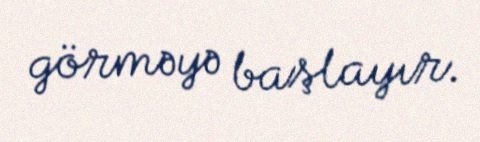
görməyə başlayır.